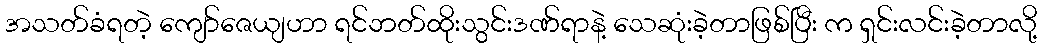
အသတ်ခံရတဲ့ ကျော်ဇေယျဟာ ရင်ဘတ်ထိုးသွင်းဒဏ်ရာနဲ့ သေဆုံးခဲ့တာဖြစ်ပြီး က ရှင်းလင်းခဲ့တာလို့